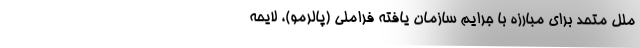
ملل متحد برای مبارزه با جرایم سازمان یافته فراملی (پالرمو)، لایحه